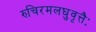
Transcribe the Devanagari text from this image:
रुचिरमलघुवृत्तैः